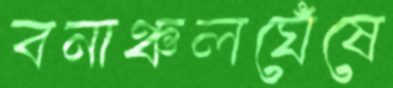
বনাঞ্চলঘেঁষে